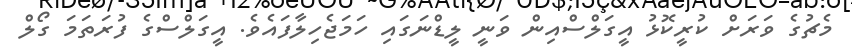
މެޗުގެ ވަރަށް ކުރީކޮޅު އީގަލްސްއިން ވަނީ ލީޑްނަގައި ހަމަޖެހިލާފައެވެ. އީގަލްސްގެ ފުރަތަމަ ގޯލް